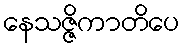
နေသဇ္ဇိကာတိပေ